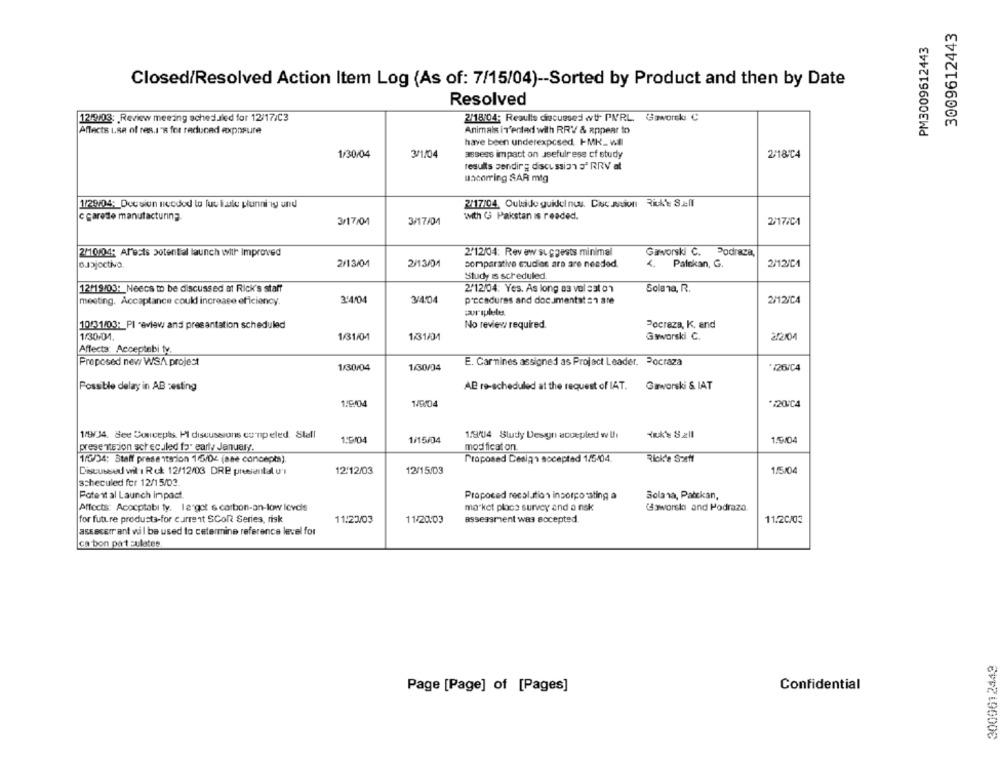
3009612443
PM3009612443
Closed/Resolved Action Item Log (As of: 7/15/04) -- Sorted by Product and then by Date
Resolved
12/9/03: Review meeting scheduled for 12/17/C3
2/18/04: Results discussed wtf PVRL Gaworek: C
Affects use of res.1's for reduced exposure
Animals iT'ented with RRVV & appear to
have been underexposed. IMK- will
1/30/04
3/1/04
assess impact on usefulrese cf study
2:18/C4
results sending discussion of RRV at
uacorring SAR mig
1/29/04: Decsion needed to fus laste plunni ig und
2/17/04. Outside guidel nes. Cic Radon Rike Sell
c carette manufacturing
3/17/04
with G Pakstan is readed.
2/17/CA
3/17/04
2/12/04: Revew suggests minimal
2M10104: Al'ests potential launch with Improved
Gaworski C. Podraza,
BJ3joctivo.
2/13/04
2/13/04
comparative cruciee ars are needed.
Palekan, G.
2/12/C1
Study is scheduled.
12/19/03: Neecs to be discussed at Rick's staff
2/12/04: Yes. As long as vel sat on
Solana, R.
meeting. Acceptance could increase efficiency.
3/4/04
3/4/04
procedures and documentat an are
2/12/C4
10/31/03: PI review and presentation scheduled
No review required.
Pocraza, K. and
1/30-04.
1/31/01
1/31/04
Gwwarski C.
2/2/04
Affecta: Acceptebi tv.
Proposed new WSA projest
E. Car nines assigned as Project Leader. Pocraza
1/30/04
1/30/04
126/C4
Possible delay in AB cesting
AB re-scheduled at the request of IAT.
Gaworski & IAT
1/9/04
1/9/04
32004
1/9/34. See Concepts. Pl discussions cunpeled. Stall
1/9/04 Study Desini accepled w Ih
1.9/04
1/15/04
1.9/04
presente jon schecaled for early January.
modificat on.
1/6/34: Staff presentation 15/04 (see concepts).
Proposed Design socepted 1/5/04.
Rick'e Satt
Discussed wil 1 Rok 12/12/03 DRE pressental u'l
12/12/03
12/15/03
1/5/04
scheculed for 12/15/03.
Fotest al Launch impact.
Proposed recol.ation incorpo ating a
Solana, Palekan,
Affects: Acocptabi ty. la got s carbon-an-low levels
market place survey and a nsk
Jaworska and Podraza.
assessment was accepted.
for future produsta-for current SColt Series, risk
11:23/03
11/20.03
11.20/03
assocerrant wil be used to cetermine reference level for
ca bon part =ulates
3009612449
Confidential
Page [Page] of [Pages]